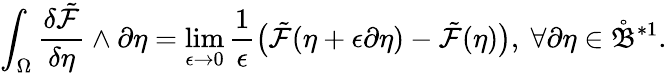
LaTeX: \int_{\Omega}\frac{\delta\tilde{\mathcal{F}}}{\delta\eta}\wedge\partial\eta=\operatorname*{lim}_{\epsilon\to 0}\frac{1}{\epsilon}\big(\tilde{\mathcal{F}}(\eta+\epsilon\partial\eta)-\tilde{\mathcal{F}}(\eta)\big),\ \forall\partial\eta\in\mathring{\mathfrak{B}}^{\ast 1}.